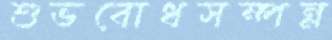
শুভবোধসম্পন্ন